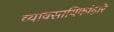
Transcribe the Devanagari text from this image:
व्यावसायिकांद्वारे